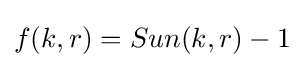
f(k,r)=Sun(k,r)-1